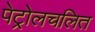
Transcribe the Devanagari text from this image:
पेट्रोलचलित